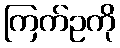
ကြက်ဥကို